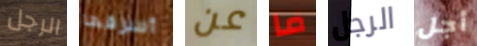
الرجل أسرقها عن ما الرجل أجل